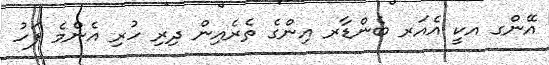
އޭންގ އކީ އެއަރ ބެންޑާރ އިންގެ ތެރެއިން ދިރި ހުރި އެންމެ ފަހު